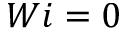
W i = 0